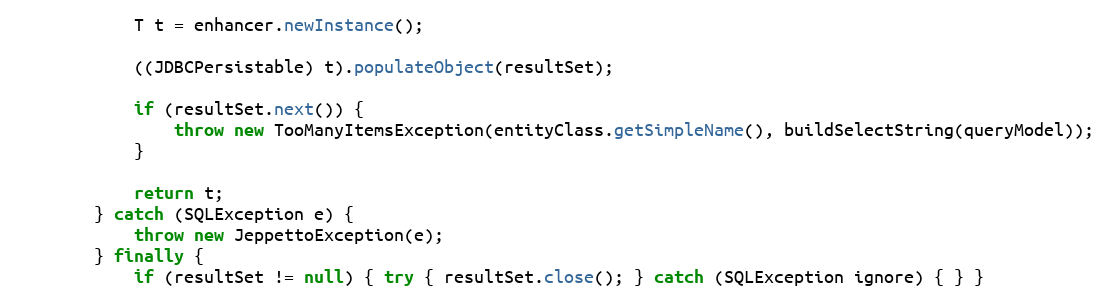
Language: Java
            T t = enhancer.newInstance();

            ((JDBCPersistable) t).populateObject(resultSet);

            if (resultSet.next()) {
                throw new TooManyItemsException(entityClass.getSimpleName(), buildSelectString(queryModel));
            }

            return t;
        } catch (SQLException e) {
            throw new JeppettoException(e);
        } finally {
            if (resultSet != null) { try { resultSet.close(); } catch (SQLException ignore) { } }